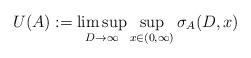
LaTeX: \begin{align*}U(A) := \limsup_{D \rightarrow \infty} \sup_{x \in (0,\infty)} \sigma_A(D,x)\end{align*}